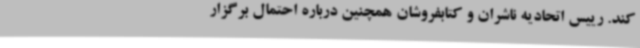
کند. رییس اتحادیه ناشران و کتابفروشان همچنین درباره احتمال برگزار